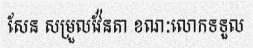
សែន សម្រួលវ៉ែនតា ខណៈលោកទទួល